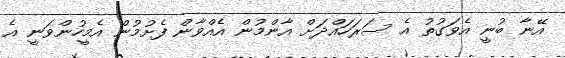
އޭނާ ބުނީ އެވަގުތު އެ ސަރަހައްދަށް އާންމުން އެއްވާން ފެށުމުން އެމީހުންވަނީ އެ